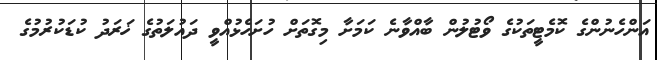
އަންހެނުންގެ ކޮމެޓީތަކުގެ ވޯޓުލުން ބާއްވާނެ ކަމަށާ މިގޮތަށް ހުށަހެޅުއްވީ ދައުލަތުގެ ޚަރަދު ކުޑަކުރުމުގެ